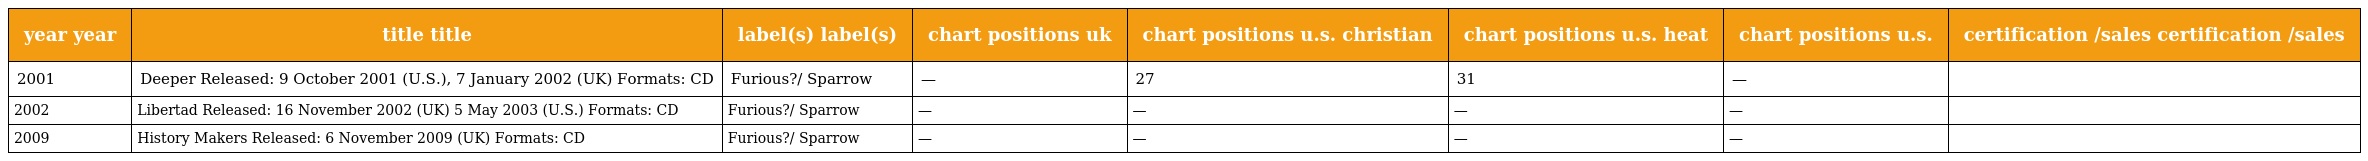
| year year | title title | label(s) label(s) | chart positions uk | chart positions u.s. christian | chart positions u.s. heat | chart positions u.s. | certification /sales certification /sales |
 | --- | --- | --- | --- | --- | --- | --- | --- |
 | 2001 | Deeper Released: 9 October 2001 (U.S.), 7 January 2002 (UK) Formats: CD | Furious?/ Sparrow | — | 27 | 31 | — |  |
 | 2002 | Libertad Released: 16 November 2002 (UK) 5 May 2003 (U.S.) Formats: CD | Furious?/ Sparrow | — | — | — | — |  |
 | 2009 | History Makers Released: 6 November 2009 (UK) Formats: CD | Furious?/ Sparrow | — | — | — | — |  |